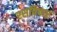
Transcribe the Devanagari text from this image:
रसविचार